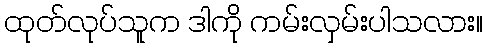
ထုတ်လုပ်သူက ဒါကို ကမ်းလှမ်းပါသလား။